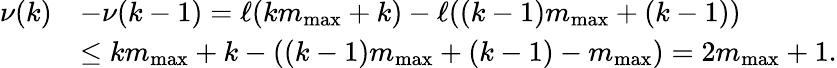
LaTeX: \begin{array}{rl}{\nu(k)}&{-\nu(k-1)=\ell(k{m_{\mathrm{max}}}+k)-\ell((k-1){m_{\mathrm{max}}}+(k-1))}\\ &{\leq k{m_{\mathrm{max}}}+k-\left((k-1){m_{\mathrm{max}}}+(k-1)-{m_{\mathrm{max}}}\right)=2{m_{\mathrm{max}}}+1.}\end{array}